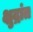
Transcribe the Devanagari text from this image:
क्षुद्रांत